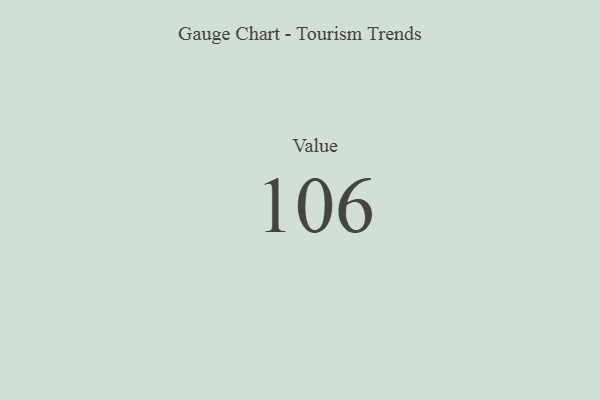
{"axis": {"x": "Metric", "y": "Value"}, "legend": [""], "data": [{"x": "Value", "y": 106, "type": ""}]}